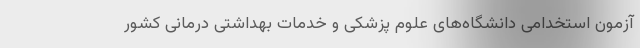
آزمون استخدامی دانشگاه­‌های علوم پزشکی و خدمات بهداشتی درمانی کشور